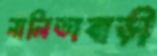
নালিতাবাড়ী